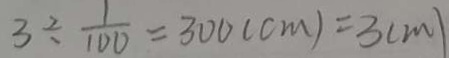
3 3 \div \frac { 1 } { 1 0 0 } = 3 0 0 ( c m ) = 3 ( m )